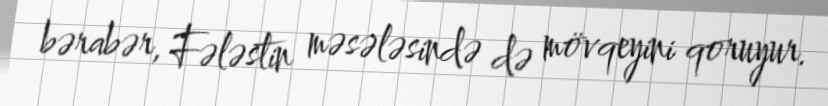
bərabər, Fələstin məsələsində də mövqeyini qoruyur.